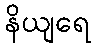
နိယျရေ